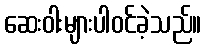
ဆေးဝါးများပါဝင်ခဲ့သည်။